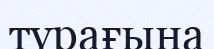
түрағына